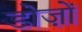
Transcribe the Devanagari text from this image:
डोज़ों